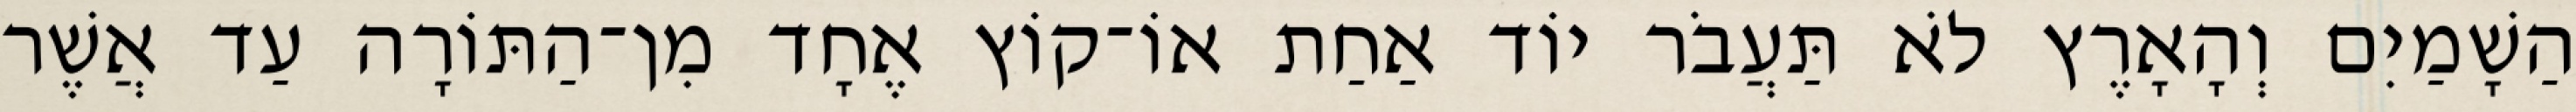
הַשָׁמַיִם וְהָאָרֶץ לֹא תַּעֲבֹר יוֹד אַחַת אוֹ־קוֹץ אֶחָד מִן־הַתּוֹרָה עַד אֲשֶׁר